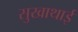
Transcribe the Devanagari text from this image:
सुखाथाई